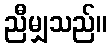
ညီမျှသည်။